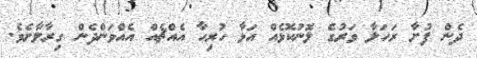
ދެން ފުށާ ރަހަލާ ވަރުގެ ލޮނުކޮޅެއް އަޅާ ހުރިހާ އެއްޗެއް އެއްވަންދެން ގިރާލާށެވެ.